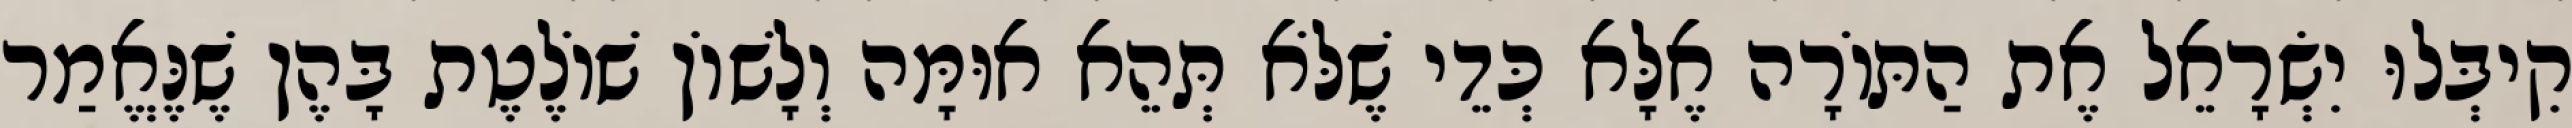
קִיבְּלוּ יִשְׂרָאֵל אֶת הַתּוֹרָה אֶלָּא כְּדֵי שֶׁלֹּא תְּהֵא אוּמָּה וְלָשׁוֹן שׁוֹלֶטֶת בָּהֶן שֶׁנֶּאֱמַר